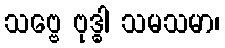
သဗ္ဗေ ဗုဒ္ဓါ သမသမာ၊